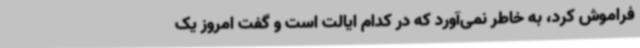
فراموش کرد، به خاطر نمی‌آورد که در کدام ایالت است و گفت امروز یک